Tezpur Lunatic Asylum reports 1895-1904 - 1895-1904
Year: 1895
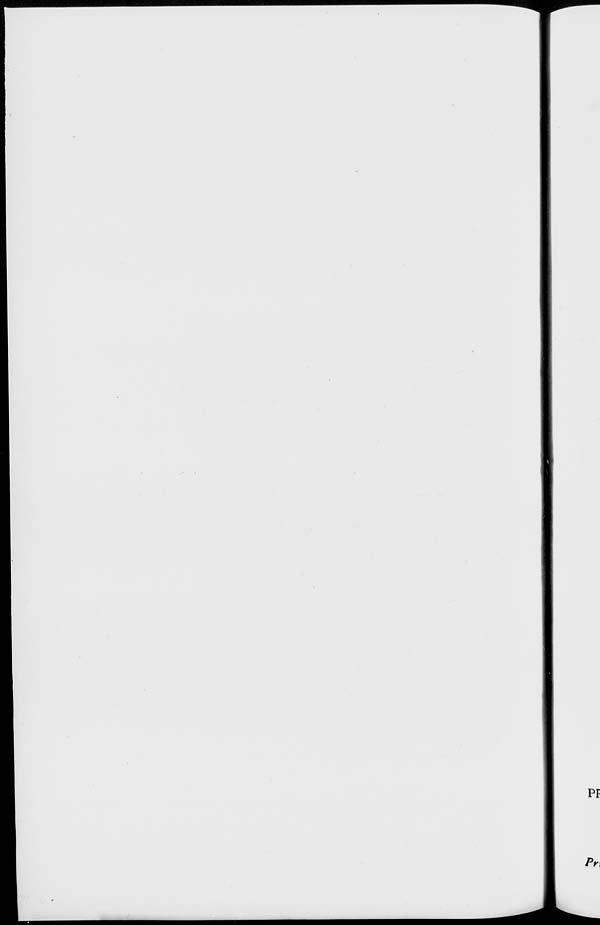
PF
Prx